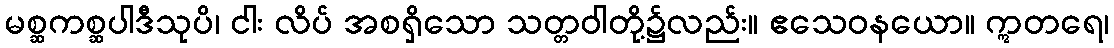
မစ္ဆကစ္ဆပါဒီသုပိ၊ ငါး လိပ် အစရှိသော သတ္တဝါတို့၌လည်း။ ဧသေဝနယော။ ဣတရေ၊